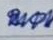
852 - 50